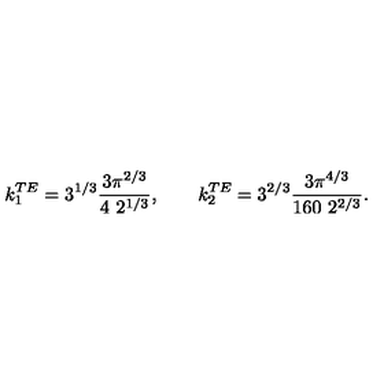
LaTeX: k _ { 1 } ^ { T E } = 3 ^ { 1 / 3 } \frac { 3 \pi ^ { 2 / 3 } } { 4 \ 2 ^ { 1 / 3 } } , \qquad k _ { 2 } ^ { T E } = { 3 } ^ { { 2 } / { 3 } } \frac { 3 { \pi } ^ { { 4 } / { 3 } } } { 1 6 0 \ 2 ^ { 2 / 3 } } .